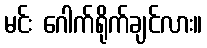
မင်း ဂေါက်ရိုက်ချင်လား။